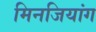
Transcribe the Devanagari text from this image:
मिनजियांग